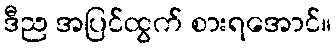
ဒီည အပြင်ထွက် စားရအောင်။